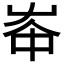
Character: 𡴑